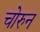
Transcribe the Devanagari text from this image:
चोरुन